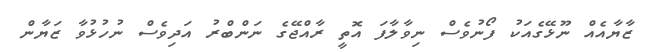
ޒާޔާއެއް ނޫޅޭގެއަކު ފޯނުވެސް ނިވާލާފަ އޮތީ ރާއްޖޭގެ ނަންބްރު އަދިވެސް ނުހުޅުވާ ޒަޔާން